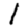
Digit: 1